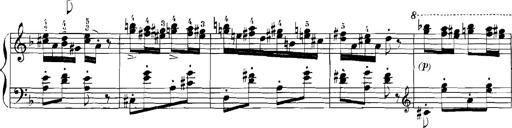
Title: Rhapsodies hongroises
Composer: Franz Liszt